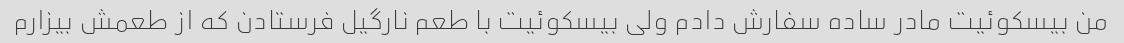
من بیسکوئیت مادر ساده سفارش دادم ولی بیسکوئیت با طعم نارگیل فرستادن که از طعمش بیزارم